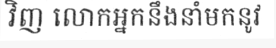
វិញ លោកអ្នកនឹងនាំមកនូវ